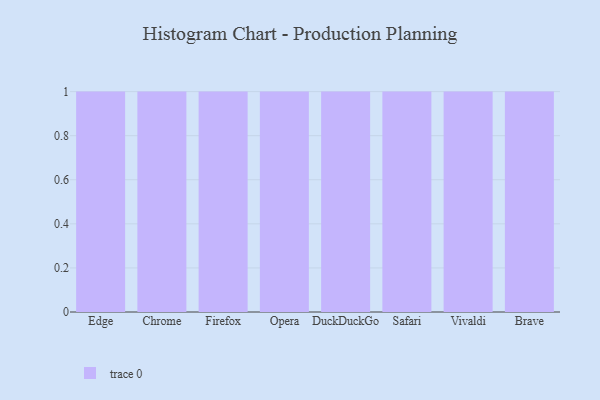
{"axis": {"x": "Browser", "y": "Page Views"}, "legend": [""], "data": [{"x": "Edge", "y": 25, "type": ""}, {"x": "Chrome", "y": 40, "type": ""}, {"x": "Firefox", "y": 68, "type": ""}, {"x": "Opera", "y": 47, "type": ""}, {"x": "DuckDuckGo", "y": 73, "type": ""}, {"x": "Safari", "y": 79, "type": ""}, {"x": "Vivaldi", "y": 94, "type": ""}, {"x": "Brave", "y": 40, "type": ""}]}